Medical and sanitary report of the native army of Bengal for the year
Year: 1875
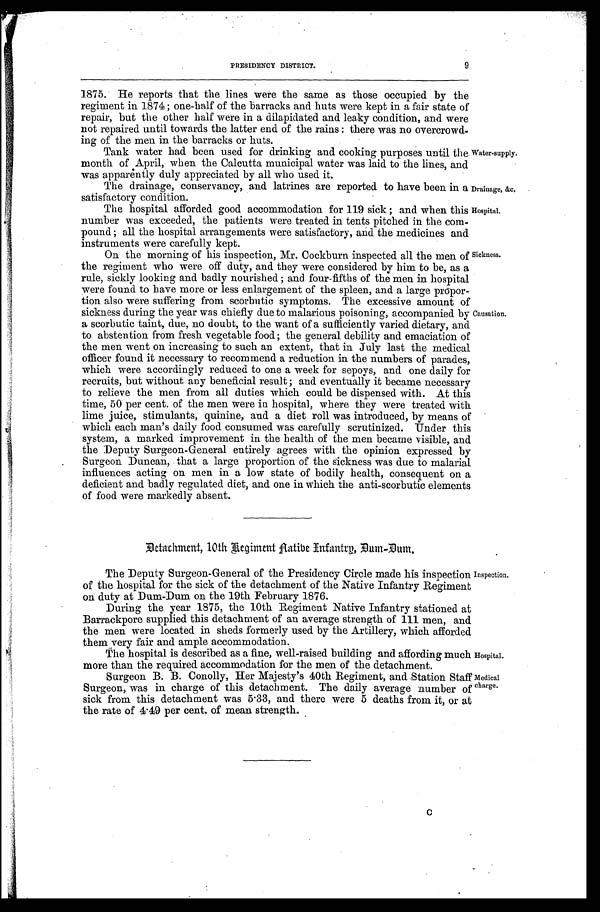
PRESIDENCY DISTRICT.
9
1875. He reports that the lines were the same as those occupied by the
regiment in 1874; one-half of the barracks and huts were kept in a fair state of
repair, but the other half were in a dilapidated and leaky condition, and were
not repaired until towards the latter end of the rains: there was no overcrowd
-ing of the men in the barracks or huts.
Tank water had been used for drinking and cooking purposes until the water-supply.
month of April, when the Calcutta municipal water was laid to the lines, and
was apparėntly duly appreciated by all who used it.
The drainage, conservancy, and latrines are reported to have been in a Drainage, &c.
satisfactory condition.
The hospital afforded good accommodation for 119 sick; and when this Hospital.
number was exceeded, the patients were treated in tents pitched in the com
-
pound; all the hospital arrangements were satisfactory, and. the medicines and
instruments were carefully kept.
On the morning of his inspection, Mr. Cockburn inspected all the men of Sickness.
the regiment who were off duty, and they were considered by him to be, as a
rule, sickly looking and badly nourished; and four- fifths of the men in hospital
were found to have more or less enlargement of the spleen, and a large propor
-
tion also were suffering from scorbutic symptoms. The excessive amount of
sickness during the year was chiefly due to malarious poisoning, accompanied by Causation.
a scorbutic taint, due, no doubt, to the want of a sufficiently varied dietary, and
to abstention from fresh vegetable food; the general debility and emaciation of
the men went on increasing to such an extent, that in July last the medical
officer found it necessary to recommend a reduction. in the numbers of parades,
which were accordingly reduced to one a week for sepoys, and one daily for
recruits, but without any beneficial result; and eventually it became necessary
to relieve the men from all duties which could be dispensed with. At this
time, 50 per cent. of . the men Were in hospital, where they were treated with
lime juice, stimulants, quinine, and a diet roll was introduced, by means of
which each man's daily food consumed was carefully scrutinized. Tinder this
system, a marked improvement in the health of the men became visible, and
the Deputy Surgeon-General entirely agrees with the opinion expressed by
Surgeon Duncan, that a large proportion of the sickness was due to malarial
influences acting on men in a low state of bodily health, consequent on a
deficient and badly regulated diet, and one in which the anti-scorbutic elements
of food were markedly absent.
Det achment , 10t h Regi ment Nat i ve Infant ry, Dum
The Deputy Surgeon-General of the Presidency Circle made his inspection Inspection.
of the hospital for the sick of the detachment of the Native Infantry Regiment
on duty at Dum-Dum on the 19th February 1876,
During the year 1875, the 10th Regiment Native Infantry stationed at
Barrackpore supplied this detachment of an average strength of 111 men, and
the men were located in sheds formerly used by the Artillery, which afforded
them very fair and ample accommodation.
The hospital is described as a fine, well-raised building and affording much Hospital.
more than the required accommodation for the men of the detachment.
Surgeon B. B. Conolly, Her Majesty's 40th Regiment, and Station Staff Medical
Surgeon, was in charge of this detachment. The daily average number of charge
.sick from this detachment was 5.33, and there were 5 deaths from it, or at
the rate of 4.49 per cent. of mean strength.
C